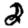
Digit: 2